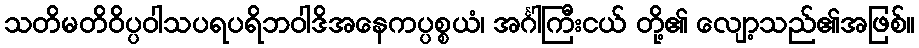
သတိမတိဝိပ္ပဝါသပရပရိဘဝါဒိအနေကပ္ပစ္စယံ၊ အင်္ဂါကြီးငယ် တို့၏ လျော့သည်၏အဖြစ်။